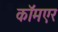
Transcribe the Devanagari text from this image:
कॉमएर